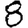
Digit: 8